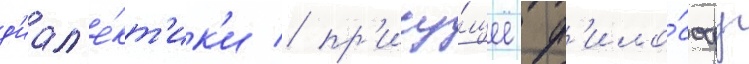
д'иал'е́кт'ик'и / пр'ису́щее ф'ило́софу